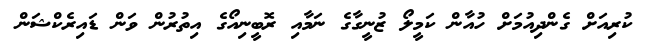
ކުރިއަށް ގެންދިއުމަށް ހުއާން ކަމީލޯ ޒުނީގާގެ ނަމާއި ރޮބީނިއޯގެ އިތުރުން ވަން ޑައިރެކްޝަން